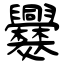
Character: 爨